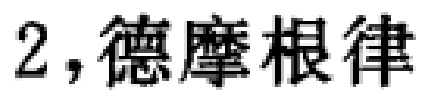
2，德摩根律